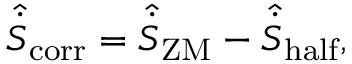
\hat { \dot { S } } _ { \mathrm { c o r r } } = \hat { \dot { S } } _ { \mathrm { Z M } } - \hat { \dot { S } } _ { \mathrm { h a l f } } ,